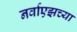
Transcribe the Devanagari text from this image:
नर्वाएझच्या